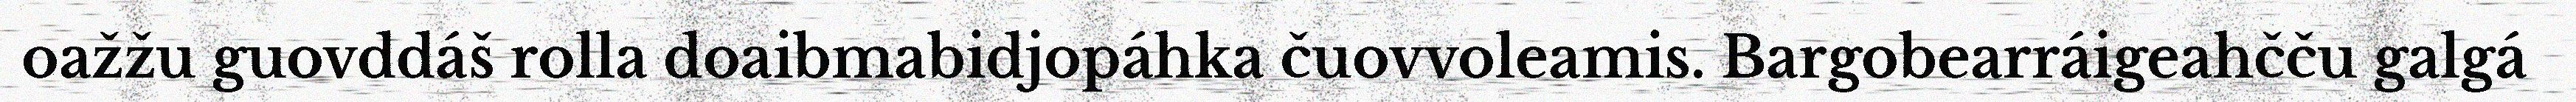
oažžu guovddáš rolla doaibmabidjopáhka čuovvoleamis. Bargobearráigeahčču galgá